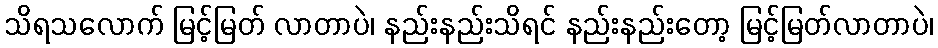
သိရသလောက် မြင့်မြတ် လာတာပဲ၊ နည်းနည်းသိရင် နည်းနည်းတော့ မြင့်မြတ်လာတာပဲ၊